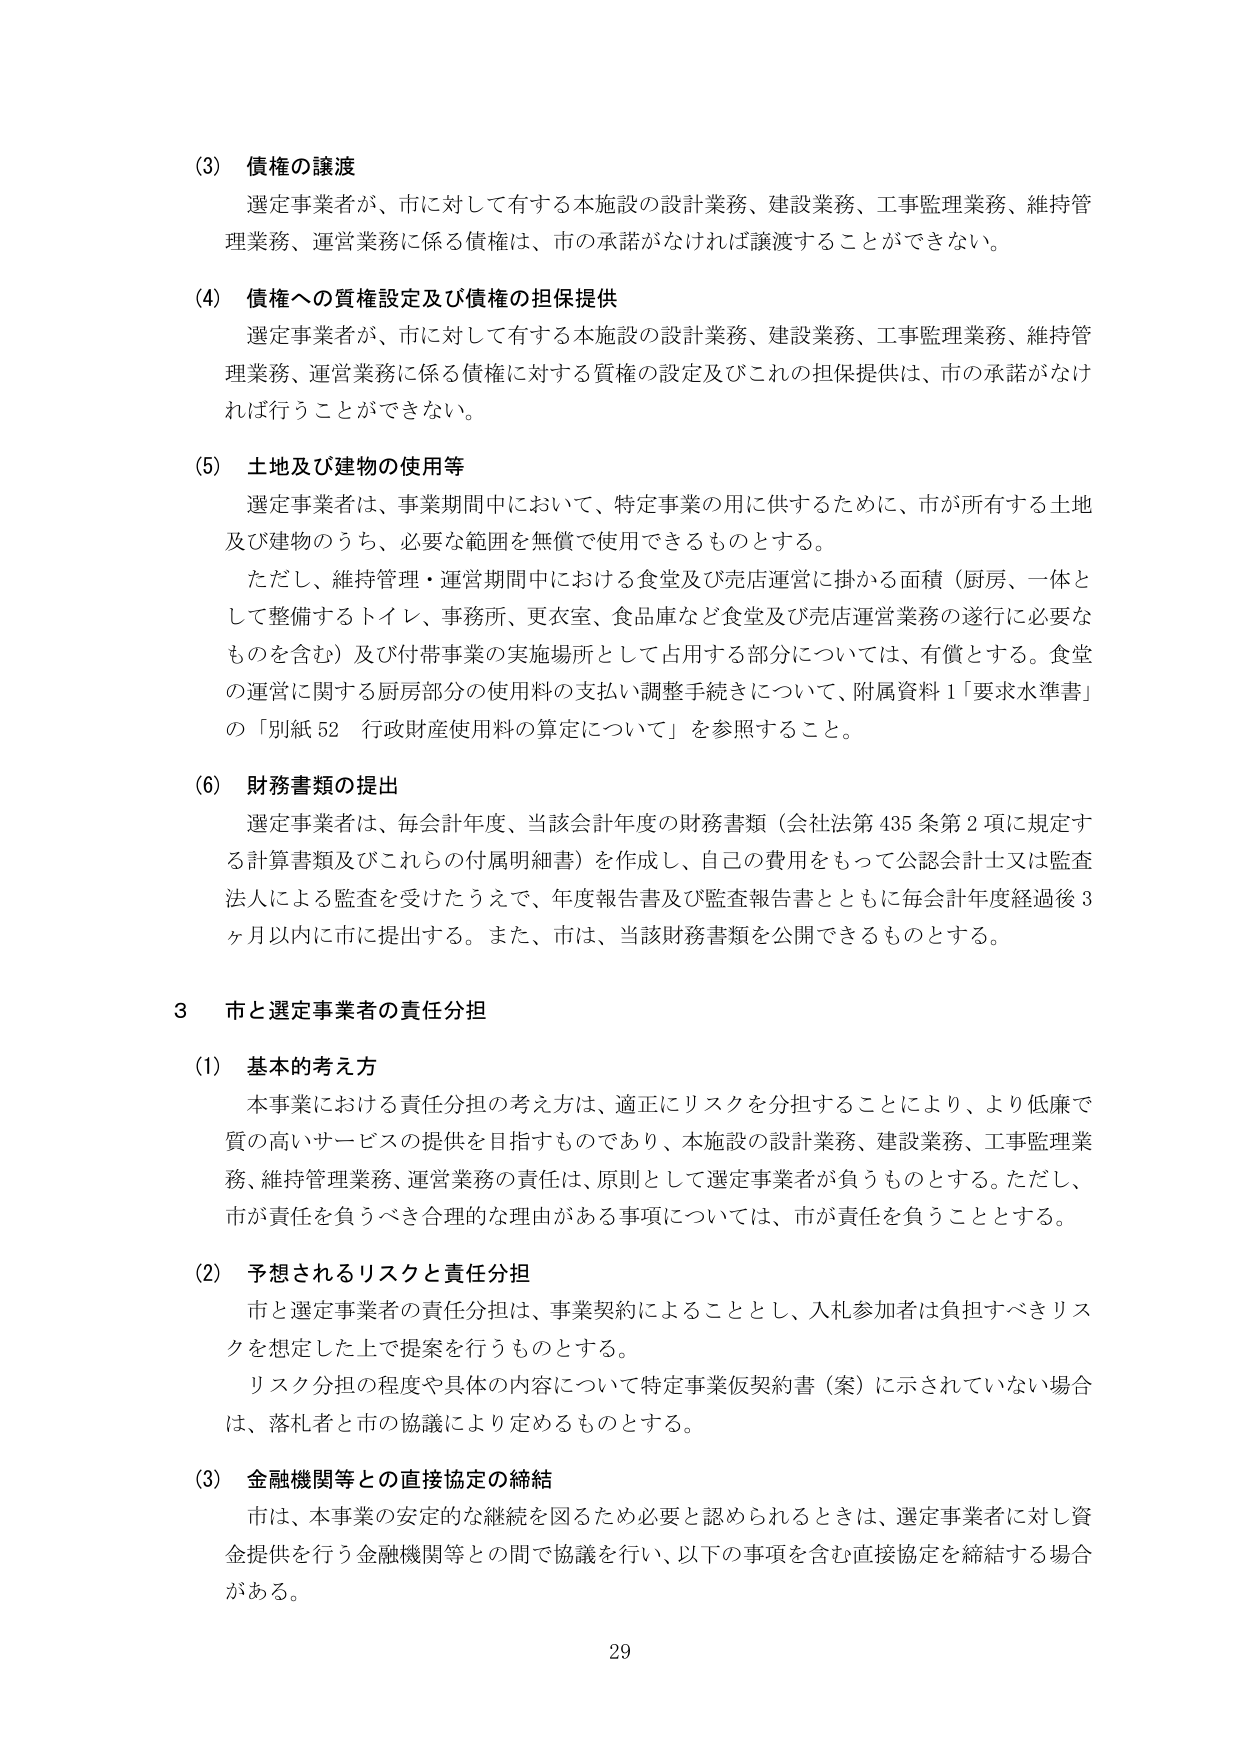
(3) 債権の譲渡
選定事業者が、市に対して有する本施設の設計業務、建設業務、工事監理業務、維持管理業務、運営業務に係る債権は、市の承諾がなければ譲渡することができない。

(4) 債権への質権設定及び債権の担保提供
選定事業者が、市に対して有する本施設の設計業務、建設業務、工事監理業務、維持管理業務、運営業務に係る債権に対する質権の設定及びこれの担保提供は、市の承諾がなければ行うことができない。

(5) 土地及び建物の使用等
選定事業者は、事業期間中において、特定事業の用に供するために、市が所有する土地及び建物のうち、必要な範囲を無償で使用できるものとする。
ただし、維持管理・運営期間中における食堂及び売店運営に掛かる面積（厨房、一体として整備するトイレ、事務所、更衣室、食品庫など食堂及び売店運営業務の遂行に必要なものを含む）及び付帯事業の実施場所として占用する部分については、有償とする。食堂の運営に関する厨房部分の使用料の支払い調整手続きについて、附属資料1「要求水準書」の「別紙52 行政財産使用料の算定について」を参照すること。

(6) 財務書類の提出
選定事業者は、毎会計年度、当該会計年度の財務書類（会社法第435条第2項に規定する計算書類及びこれらの付属明細書）を作成し、自己の費用をもって公認会計士又は監査法人による監査を受けたうえで、年度報告書及び監査報告書とともに毎会計年度経過後3ヶ月以内に市に提出する。また、市は、当該財務書類を公開できるものとする。

3 市と選定事業者の責任分担

(1) 基本的考え方
本事業における責任分担の考え方は、適正にリスクを分担することにより、より低廉で質の高いサービスの提供を目指すものであり、本施設の設計業務、建設業務、工事監理業務、維持管理業務、運営業務の責任は、原則として選定事業者が負うものとする。ただし、市が責任を負うべき合理的な理由がある事項については、市が責任を負うこととする。

(2) 予想されるリスクと責任分担
市と選定事業者の責任分担は、事業契約によることとし、入札参加者は負担すべきリスクを想定した上で提案を行うものとする。
リスク分担の程度や具体的内容について特定事業仮契約書（案）に示されていない場合は、落札者と市の協議により定めるものとする。

(3) 金融機関等との直接協定の締結
市は、本事業の安定的な継続を図るため必要と認められるときは、選定事業者に対し資金提供を行う金融機関等との間で協議を行い、以下の事項を含む直接協定を締結する場合がある。

29